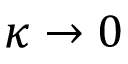
\kappa \to 0